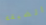
الضيقة